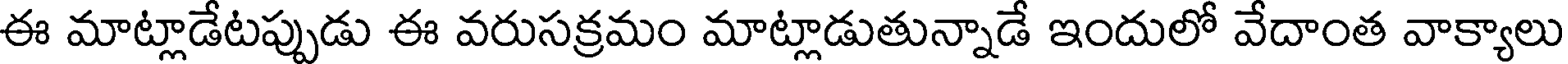
ఈ మాట్లాడేటప్పుడు ఈ వరుసక్రమం మాట్లాడుతున్నాడే ఇందులో వేదాంత వాక్యాలు